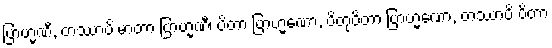
ဗြာဟ္မဏီ, တဿာပိ မာတာ ဗြာဟ္မဏီ၊ ပိတာ ဗြာဟ္မဏော, ပိတုပိတာ ဗြာဟ္မဏော, တဿာပိ ပိတာ